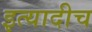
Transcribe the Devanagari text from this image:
इत्यादीच